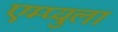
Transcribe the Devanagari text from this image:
एम्प्युला